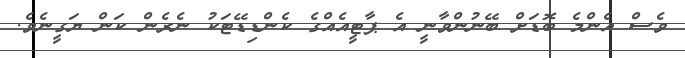
ވެސް އެންމެ ބޮޑަށް ބޭނުންވާނީ އެ ޕާޓީއެއްގެ ކެންޑިޑޭޓަކު ނެރެން ކަން ޔަގީނެވެ.